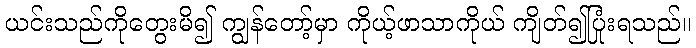
ယင်းသည်ကိုတွေးမိ၍ ကျွန်တော့်မှာ ကိုယ့်ဖာသာကိုယ် ကျိတ်၍ပြုံးရသည်။